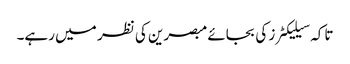
تاکہ سیلیکٹرز کی بجائے مبصرین کی نظر میں رہے۔